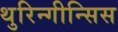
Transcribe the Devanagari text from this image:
थुरिन्गीन्सिस